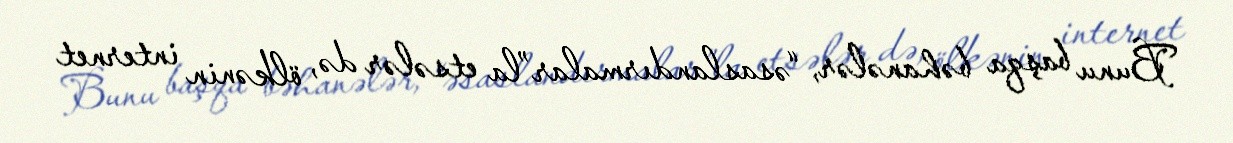
Bunu başqa bəhanələr, “əsaslandırmalar”la etsələr də, ölkənin internet